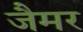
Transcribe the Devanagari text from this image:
जैमर